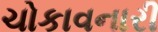
ચોકાવનારી